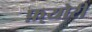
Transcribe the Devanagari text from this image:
फ़्योरी